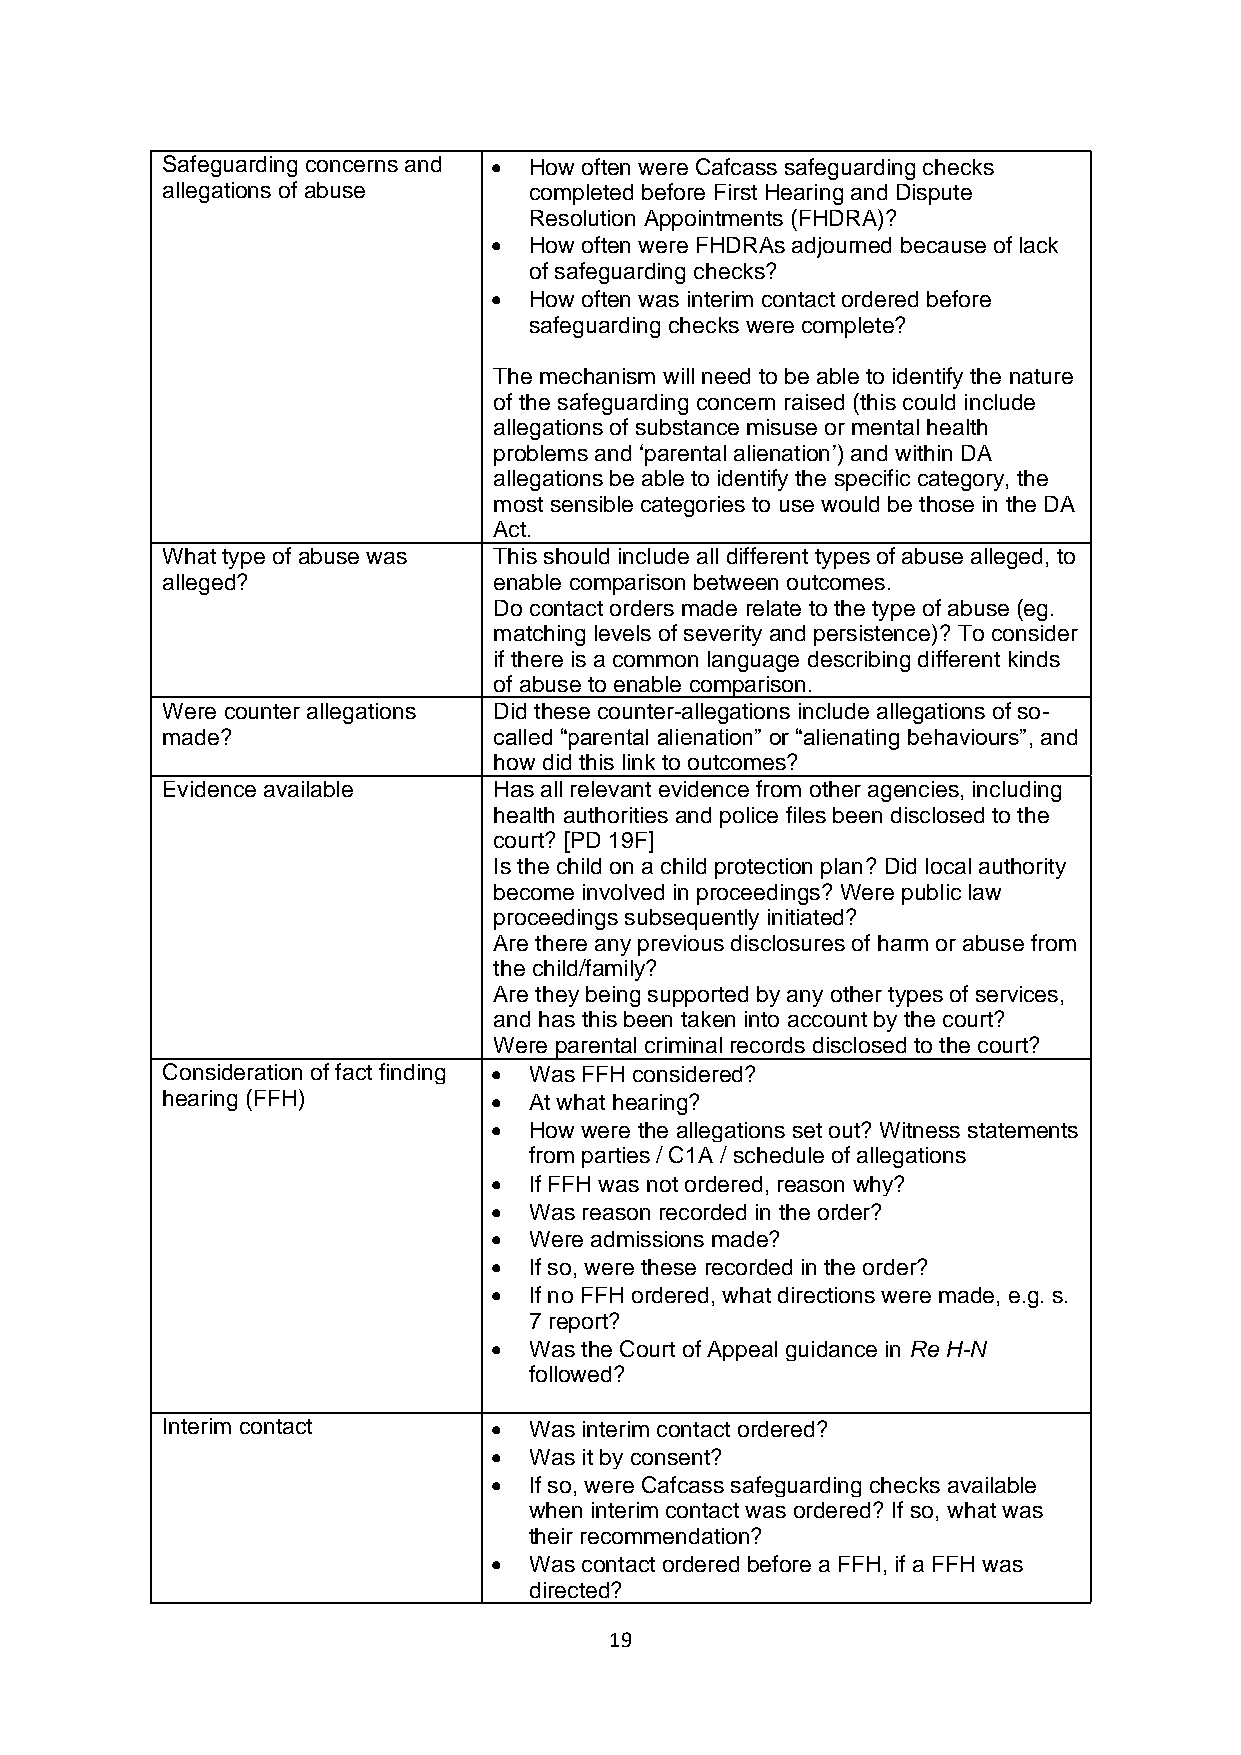
Safeguarding concerns and • How often were Cafcass safeguarding checks
 allegations of abuse    completed before First Hearing and Dispute
 Resolution Appointments (FHDRA)?
 •  How often were FHDRAs adjourned because of lack
 of safeguarding checks?
 •  How often was interim contact ordered before
 safeguarding checks were complete?
 The mechanism will need to be able to identify the nature
 of the safeguarding concern raised (this could include
 allegations of substance misuse or mental health
 problems and ‘parental alienation’) and within DA
 allegations be able to identify the specific category, the
 most sensible categories to use would be those in the DA
 Act.
 What type of abuse was This should include all different types of abuse alleged, to
 alleged?              enable comparison between outcomes.
 Do contact orders made relate to the type of abuse (eg.
 matching levels of severity and persistence)? To consider
 if there is a common language describing different kinds
 of abuse to enable comparison.
 Were counter allegations Did these counter-allegations include allegations of so-
 made?                 called “parental alienation” or “alienating behaviours”, and
 how did this link to outcomes?
 Evidence available    Has all relevant evidence from other agencies, including
 health authorities and police files been disclosed to the
 court? [PD 19F]
 Is the child on a child protection plan? Did local authority
 become involved in proceedings? Were public law
 proceedings subsequently initiated?
 Are there any previous disclosures of harm or abuse from
 the child/family?
 Are they being supported by any other types of services,
 and has this been taken into account by the court?
 Were parental criminal records disclosed to the court?
 Consideration of fact finding • Was FFH considered?
 hearing (FFH)        •  At what hearing?
 •  How were the allegations set out? Witness statements
 from parties / C1A / schedule of allegations
 •  If FFH was not ordered, reason why?
 •  Was reason recorded in the order?
 •  Were admissions made?
 •  If so, were these recorded in the order?
 •  If no FFH ordered, what directions were made, e.g. s.
 7 report?
 •  Was the Court of Appeal guidance in Re H-N
 followed?
 Interim contact      •  Was interim contact ordered?
 •  Was it by consent?
 •  If so, were Cafcass safeguarding checks available
 when interim contact was ordered? If so, what was
 their recommendation?
 •  Was contact ordered before a FFH, if a FFH was
 directed?
 19